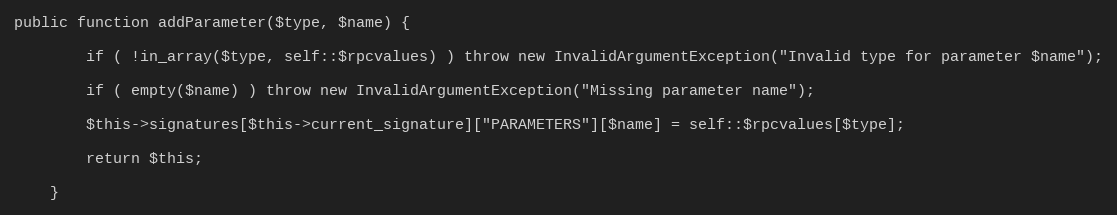
Language: PHP
public function addParameter($type, $name) {

        if ( !in_array($type, self::$rpcvalues) ) throw new InvalidArgumentException("Invalid type for parameter $name");

        if ( empty($name) ) throw new InvalidArgumentException("Missing parameter name");

        $this->signatures[$this->current_signature]["PARAMETERS"][$name] = self::$rpcvalues[$type];

        return $this;

    }